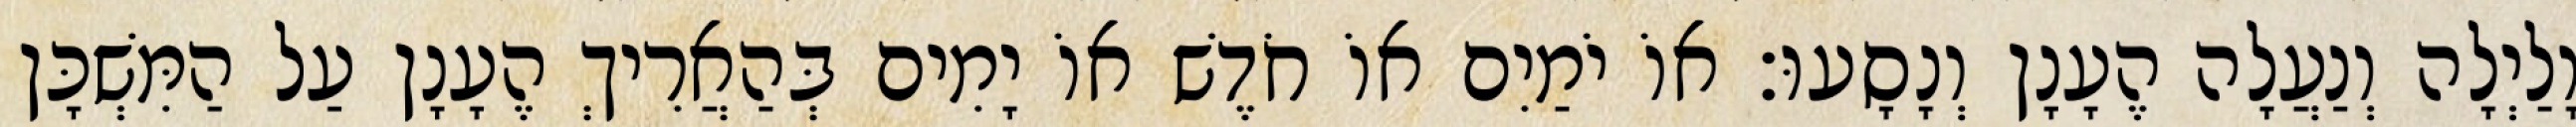
וָלַיְלָה וְנַעֲלָה הֶעָנָן וְנָסָעוּ׃ אוֹ יֹמַיִם אוֹ חֹדֶשׁ אוֹ יָמִים בְּהַאֲרִיךְ הֶעָנָן עַל הַמִּשְׁכָּן